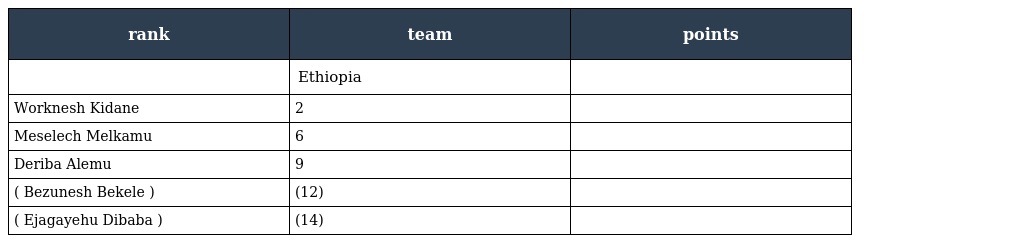
| rank | team | points |
 | --- | --- | --- |
 |  | Ethiopia |  |
 | Worknesh Kidane | 2 |  |
 | Meselech Melkamu | 6 |  |
 | Deriba Alemu | 9 |  |
 | ( Bezunesh Bekele ) | (12) |  |
 | ( Ejagayehu Dibaba ) | (14) |  |